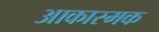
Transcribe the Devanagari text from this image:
आकास्मक